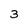
Character: 3